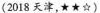
(2018天津，★★☆)